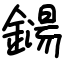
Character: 鐋